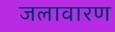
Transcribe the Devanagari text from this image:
जलावारण